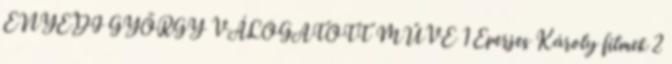
ENYEDI GYÖRGY VÁLOGATOTT MŰVE 1 Eperjes Károly filmek 2